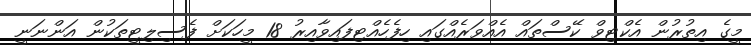
މީގެ އިތުރުން އެކްޓިވް ކޭސްތައް އެއްވަރެއްގައި ހިފެހެއްޓިފައިވާއިރު 18 މީހަކަށް ފެސިލިޓީތަކުން އަންނަނީ